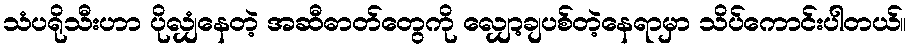
သံပရိုသီးဟာ ပိုလျှံနေတဲ့ အဆီဓာတ်တွေကို လျှော့ချပစ်တဲ့နေရာမှာ သိပ်ကောင်းပါတယ်။